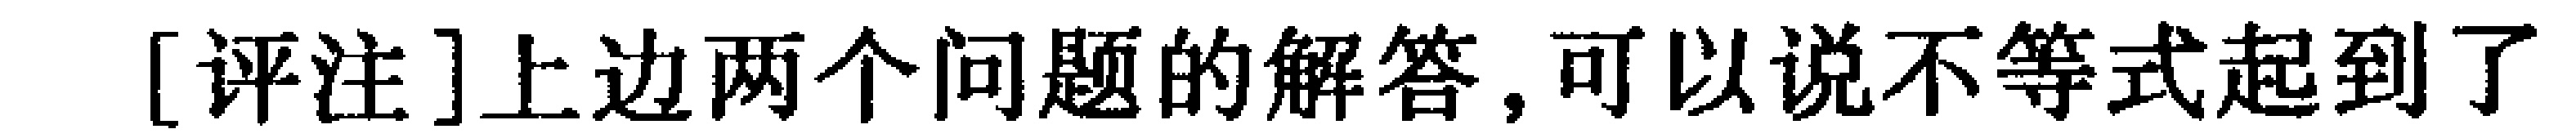
[评注]上边两个问题的解答,可以说不等式起到了